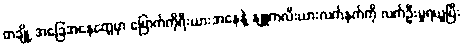
တချို့ အခြေအနေတွေမှာ မြောက်ကိုရီးယားအနေနဲ့ နျူကလီးယားလက်နက်ကို လက်ဦးမှုရယူပြီး